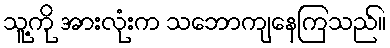
သူ့ကို အားလုံးက သဘောကျနေကြသည်။